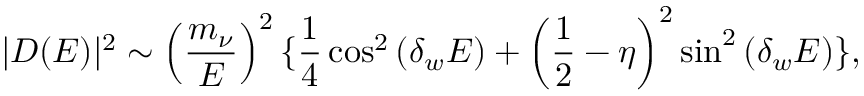
| D ( E ) | ^ { 2 } \sim \left( \frac { m _ { \nu } } { E } \right) ^ { 2 } \{ \frac { 1 } { 4 } \cos ^ { 2 } \left( \delta _ { w } E \right) + \left( \frac { 1 } { 2 } - \eta \right) ^ { 2 } \sin ^ { 2 } \left( \delta _ { w } E \right) \} ,